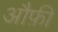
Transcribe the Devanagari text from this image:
औफ़ी